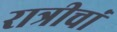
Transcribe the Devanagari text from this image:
रात्रीचां